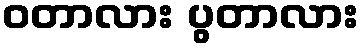
ဝတာလား ပွတာလား